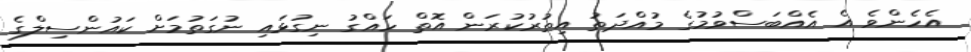
އެހެންވެ އެ އެއްބަސްވުމުގެ މުއްދަތު އިތުރުކުރަން އޮތް ހައްގު ނިގުޅައި ނުގަތުމަށް ކައުންސިލްގެ